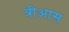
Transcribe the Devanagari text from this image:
त्रीआस